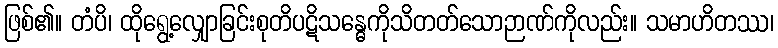
ဖြစ်၏။ တံပိ၊ ထိုရွေ့လျှောခြင်းစုတိပဋိသန္ဓေကိုသိတတ်သောဉာဏ်ကိုလည်း။ သမာဟိတဿ၊